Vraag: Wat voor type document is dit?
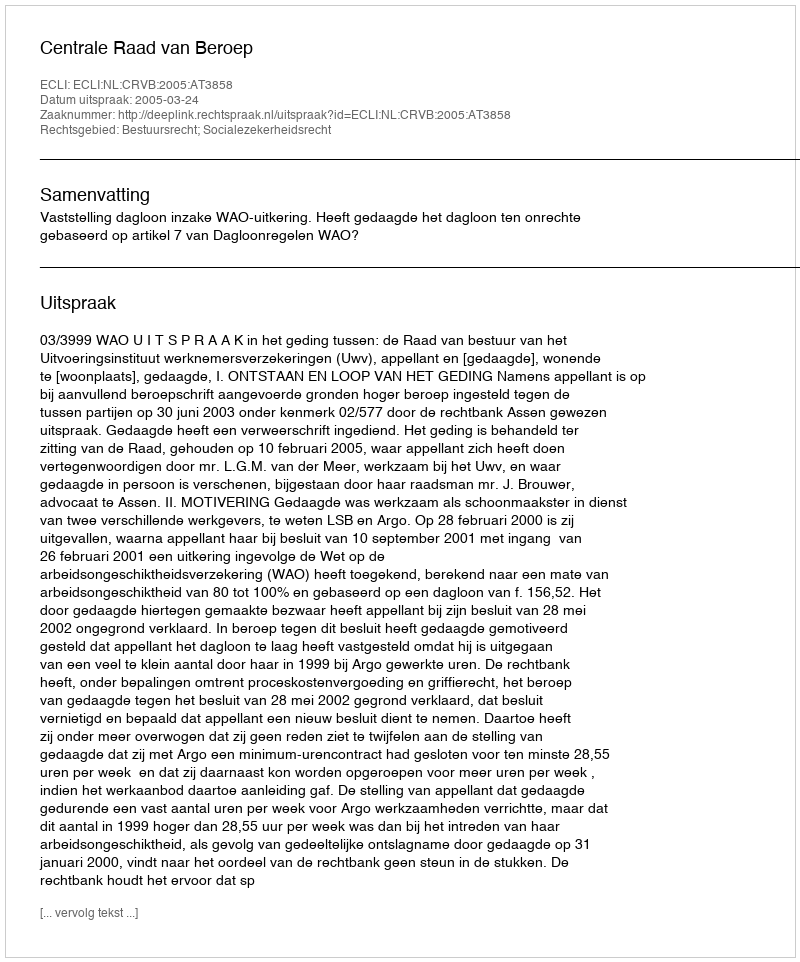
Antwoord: Uitspraak